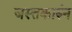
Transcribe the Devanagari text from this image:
जस्तकारुंन